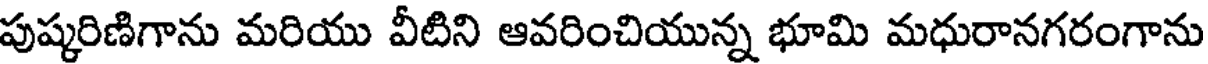
పుష్కరిణిగాను మరియు వీటిని ఆవరించియున్న భూమి మధురానగరంగాను